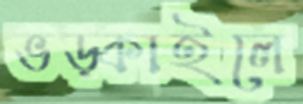
ভড়্‌কাইলে